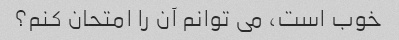
خوب است، می توانم آن را امتحان کنم؟